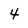
Character: 4